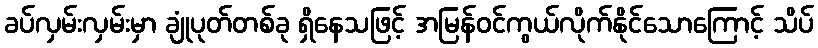
ခပ်လှမ်းလှမ်းမှာ ချုံပုတ်တစ်ခု ရှိနေသဖြင့် အမြန်ဝင်ကွယ်လိုက်နိုင်သောကြောင့် သိပ်